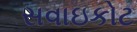
સવાઇકોટ